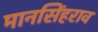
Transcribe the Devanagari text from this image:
मानसिंहराव